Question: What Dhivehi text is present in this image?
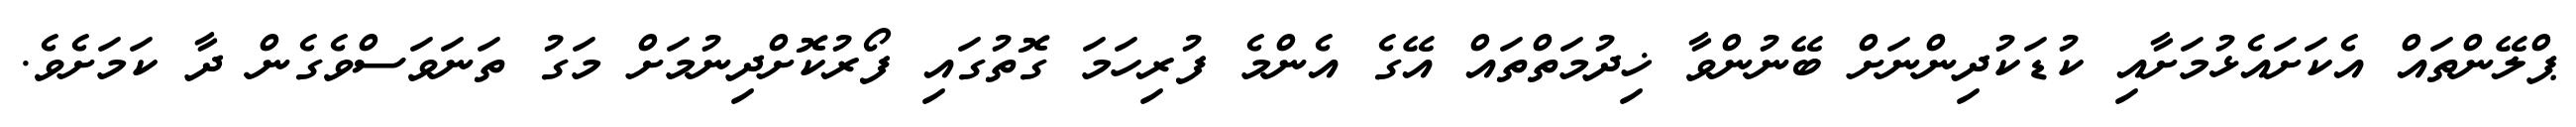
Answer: ޕްލޭންތައް އެކަށައެޅުމަށާއި ކުޑަކުދިންނަށް ބޭނުންވާ ޚިދުމަތްތައް އޭގެ އެންމެ ފުރިހަމަ ގޮތުގައި ފޯރުކޮށްދިނުމަށް މަގު ތަނަވަސްވެގެން ދާ ކަމަށެވެ.